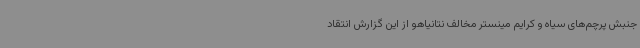
جنبش پرچم‌های سیاه و کرایم مینستر مخالف نتانیاهو از این گزارش انتقاد